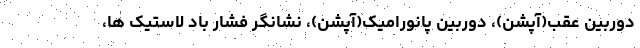
دوربین عقب(آپشن)، دوربین پانورامیک(آپشن)، نشانگر فشار باد لاستیک ها،